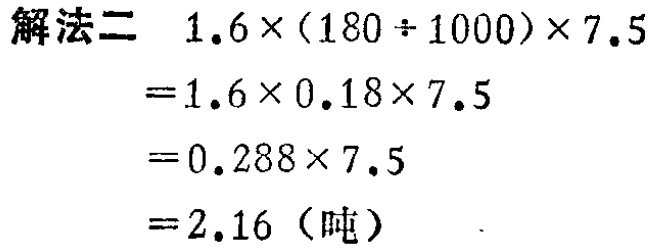
解法二 \(1.6\times(180\div1000)\times7.5\)
\(=1.6\times0.18\times7.5\)
\(=0.288\times7.5\)
\(=2.16\)（吨）